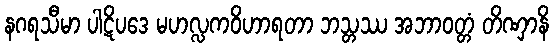
နဂရသီမာ ပါဋိပဒေ မဟလ္လကဝိဟာရတာ ဘသ္တဿ အဘာဝတ္တံ တိဏှာနိ